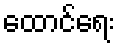
ထောင်ရေး